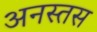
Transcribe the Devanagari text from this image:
अनस्तस